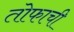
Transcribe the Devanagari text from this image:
तोफाची